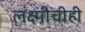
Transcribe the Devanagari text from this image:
लक्ष्मीचीही